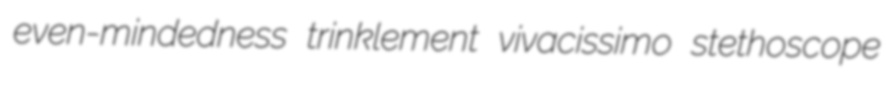
even-mindedness trinklement vivacissimo stethoscope